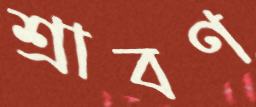
শ্রাবণ